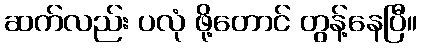
ဆက်လည်း ပလုံ ဖို့တောင် တွန့်နေပြီ။